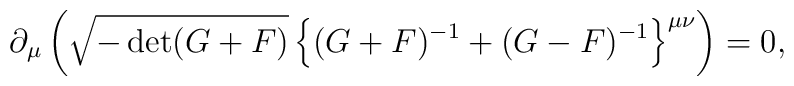
\partial_\mu \left(\sqrt{-\det(G+F)} \left\{(G+F)^{-1} + (G-F)^{-1}\right\}^{\mu\nu} \right) = 0,